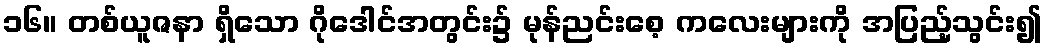
၁၆။ တစ်ယူဇနာ ရှိသော ဂိုဒေါင်အတွင်း၌ မုန်ညင်းစေ့ ကလေးများကို အပြည့်သွင်း၍